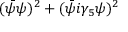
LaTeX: ( \bar { \psi } \psi ) ^ { 2 } + ( \bar { \psi } i \gamma _ { 5 } \psi ) ^ { 2 }